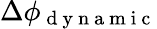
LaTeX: \Delta\phi_{\mathrm{~d~y~n~a~m~i~c~}}